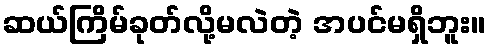
ဆယ်ကြိမ်ခုတ်လို့မလဲတဲ့ အပင်မရှိဘူး။